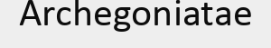
Archegoniatae